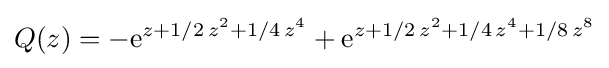
Q(z)=-{\rm {e}}^{z+1/2\,z^{2}+1/4\,z^{4}}+{\rm {e}}^{z+1/2\,z^{2}+1/4\,z^{4}+1/8\,z^{8}}